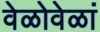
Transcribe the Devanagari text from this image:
वेळोवेळां